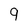
Character: 9